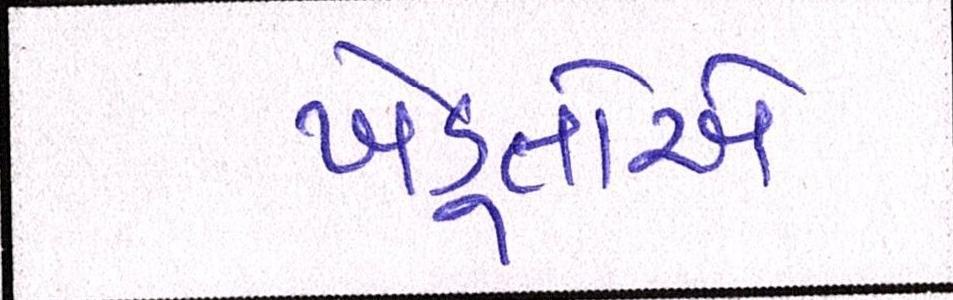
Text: ખેડૂતોએ